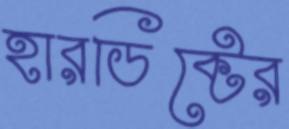
হারডিক্টের